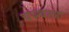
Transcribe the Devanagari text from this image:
चञ्चला